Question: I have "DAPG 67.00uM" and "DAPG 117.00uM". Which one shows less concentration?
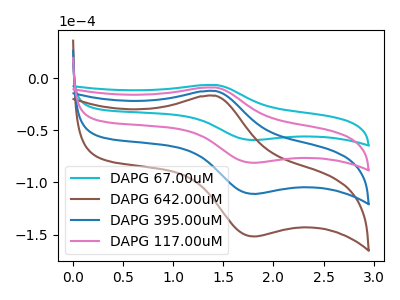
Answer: <think>The cyan curve "DAPG 67.00uM" has an anodic peak at (1.40V, -6.65uA) and a cathodic peak at (1.80V, -59.40uA). The brown curve "DAPG 642.00uM" has an anodic peak at (1.40V, -27.25uA) and a cathodic peak at (1.80V, -243.70uA). The blue curve "DAPG 395.00uM" has an anodic peak at (1.40V, -18.15uA) and a cathodic peak at (1.80V, -162.45uA). The pink curve "DAPG 117.00uM" has an anodic peak at (1.40V, -9.10uA) and a cathodic peak at (1.80V, -81.25uA).
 All the peaks in "DAPG 67.00uM" have a peak in "DAPG 117.00uM" at the same potential.</think>
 <answer>I cant tell if "DAPG 67.00uM" or "DAPG 117.00uM" has higher concentration.</answer>
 <eval>mixed_concentration</eval>